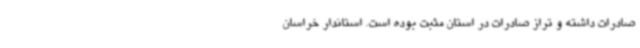
صادرات داشته و تراز صادرات در استان مثبت بوده است. استاندار خراسان